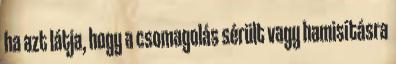
ha azt látja, hogy a csomagolás sérült vagy hamisításra